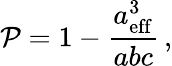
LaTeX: \mathcal{P}=1-\frac{a_{\mathrm{eff}}^{3}}{abc}\, ,